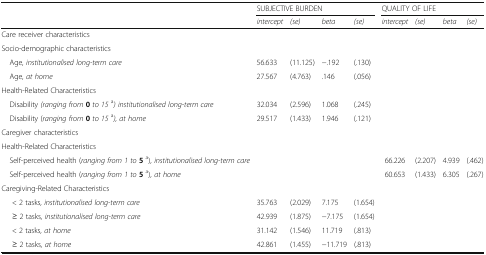
| <ROWSPAN=2>  | <COLSPAN=4> SUBJECTIVE BURDEN | <COLSPAN=4> QUALITY OF LIFE |
 | intercept | (se) | beta | (se) | intercept | (se) | beta | (se) |
 | --- | --- | --- | --- | --- | --- | --- | --- | --- |
 | <COLSPAN=9> Care receiver characteristics |
 | <COLSPAN=9> Socio-demographic characteristics |
 | Age, institutionalised long-term care | 56.633 | (11.125) | −.192 | (.130) |  |  |  |  |
 | Age, at home | 27.567 | (4.763) | .146 | (.056) |  |  |  |  |
 | <COLSPAN=9> Health-Related Characteristics |
 | Disability (ranging from 0 to 15a) institutionalised long-term care | 32.034 | (2.596) | 1.068 | (.245) |  |  |  |  |
 | Disability (ranging from 0 to 15a), at home | 29.517 | (1.433) | 1.946 | (.121) |  |  |  |  |
 | <COLSPAN=9> Caregiver characteristics |
 | <COLSPAN=9> Health-Related Characteristics |
 | Self-perceived health (ranging from 1 to 5 a), institutionalised long-term care |  |  |  |  | 66.226 | (2.207) | 4.939 | (.462) |
 | Self-perceived health (ranging from 1 to 5 a), at home |  |  |  |  | 60.653 | (1.433) | 6.305 | (.267) |
 | <COLSPAN=9> Caregiving-Related Characteristics |
 | < 2 tasks, institutionalised long-term care | 35.763 | (2.029) | 7.175 | (1.654) |  |  |  |  |
 | ≥ 2 tasks, institutionalised long-term care | 42.939 | (1.875) | −7.175 | (1.654) |  |  |  |  |
 | < 2 tasks, at home | 31.142 | (1.546) | 11.719 | (.813) |  |  |  |  |
 | ≥ 2 tasks, at home | 42.861 | (1.455) | −11.719 | (.813) |  |  |  |  |